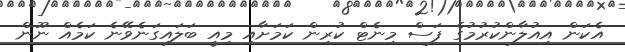
އެކަން އިއުލާންކުރުމުގެ ފަސް މިނެޓް ކުރިން ކަމަށާއި މިއީ ބަލައިގަނެވޭނެ ކަމެއް ނޫން